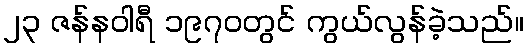
၂၃ ဇန်နဝါရီ ၁၉၇၀တွင် ကွယ်လွန်ခဲ့သည်။